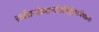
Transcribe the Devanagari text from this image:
सर्वसन्देहसन्दोहनिर्मूलनविचक्षणः